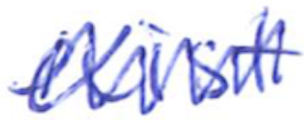
Text: exist
Cross-out: zig-zag
Writing tool: ballpoint